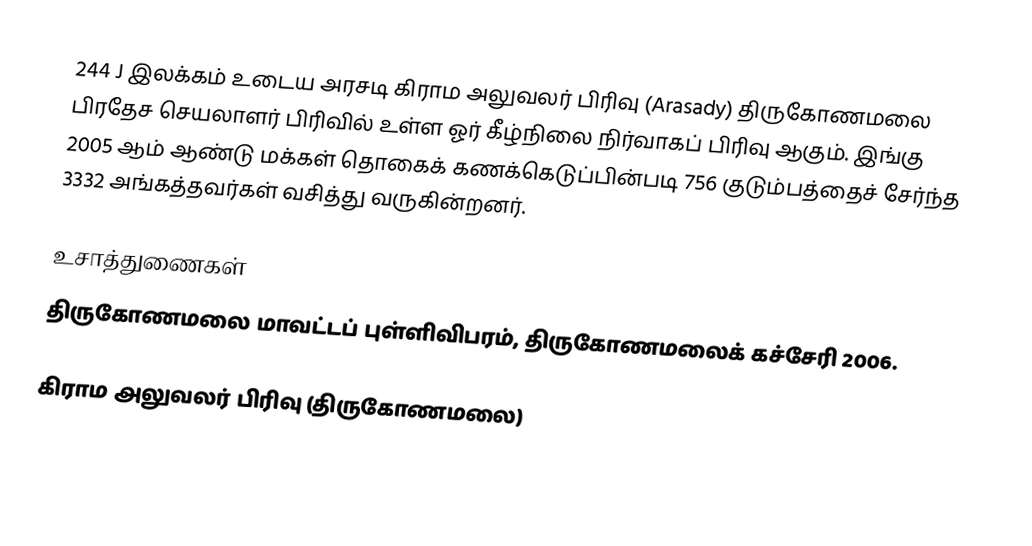
244 J இலக்கம் உடைய அரசடி கிராம அலுவலர் பிரிவு (Arasady) திருகோணமலை பிரதேச செயலாளர் பிரிவில் உள்ள ஓர் கீழ்நிலை நிர்வாகப் பிரிவு ஆகும். இங்கு 2005 ஆம் ஆண்டு மக்கள் தொகைக் கணக்கெடுப்பின்படி 756 குடும்பத்தைச் சேர்ந்த 3332 அங்கத்தவர்கள் வசித்து வருகின்றனர்.

உசாத்துணைகள்
திருகோணமலை மாவட்டப் புள்ளிவிபரம், திருகோணமலைக் கச்சேரி 2006.

கிராம அலுவலர் பிரிவு (திருகோணமலை)